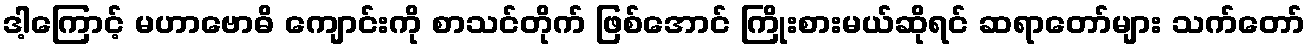
ဒါ့ကြောင့် မဟာဗောဓိ ကျောင်းကို စာသင်တိုက် ဖြစ်အောင် ကြိုးစားမယ်ဆိုရင် ဆရာတော်များ သက်တော်